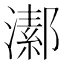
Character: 𤀝